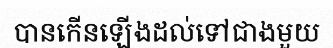
បានកើនឡើងដល់ទៅជាងមួយ